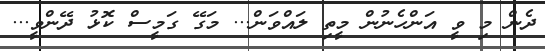
ދެން މި ވީ އަންހެނުން މީތި ލައްވަން... މަގޭ ގަމީސް ކޮޅު ދޭންވީ...